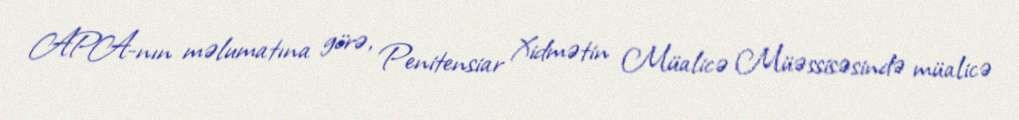
APA-nın məlumatına görə, Penitensiar Xidmətin Müalicə Müəssisəsində müalicə